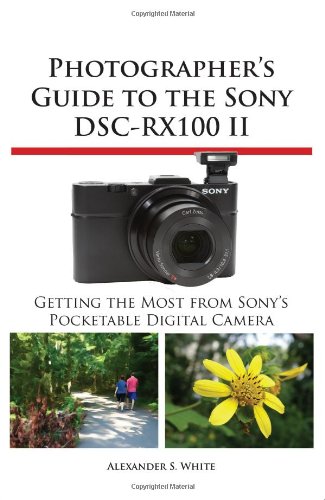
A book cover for Photographer's Guide to the Sony DSC-RX100 II; Alexander S. White; Politics & Social Sciences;